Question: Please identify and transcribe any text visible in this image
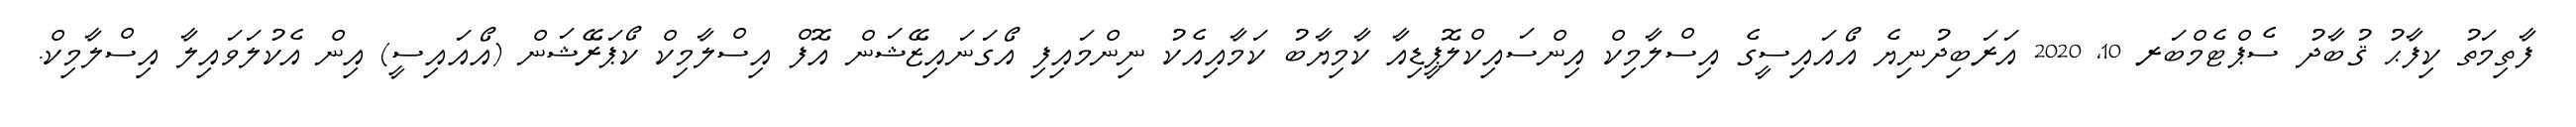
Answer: ފާތިމަތު ކިފާޙު ޤުބާދު ސެޕްޓެމްބަރ 10, 2020 އަރަބިދުނިޔެ އޯއައިސީގެ އިސްލާމިކް އިންސައިކްލޮޕީޑިއާ ކާމިޔާބު ކަމާއިއެކު ނިންމައިފި އޯގަނައިޒޭޝަން އޮފް އިސްލާމިކް ކޯޕަރޭޝަން (އޯއައިސީ) އިން އެކުލަވައިލާ އިސްލާމިކް.